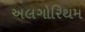
અલગોરિથમ